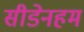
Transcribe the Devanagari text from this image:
सीडेनहम